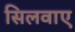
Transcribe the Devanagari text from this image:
सिलवाए